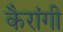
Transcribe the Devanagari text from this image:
कैरांगी